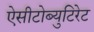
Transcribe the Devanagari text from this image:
ऐसीटोब्युटिरेट